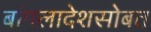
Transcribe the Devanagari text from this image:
बांगलादेशसोबत